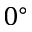
0 ^ { \circ }